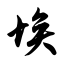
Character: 埃